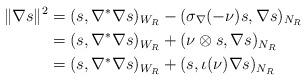
LaTeX: \begin{align*}\|\nabla s\|^2&=(s,\nabla^\ast \nabla s)_{W_R}-(\sigma_\nabla(-\nu)s,\nabla s)_{N_R}\\&=(s,\nabla^\ast \nabla s)_{W_R}+(\nu \otimes s,\nabla s)_{N_R}\\&=(s,\nabla^\ast \nabla s)_{W_R}+(s,\iota(\nu)\nabla s)_{N_R}\end{align*}